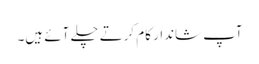
آپ شاندار کام کرتے چلے آئے ہیں۔